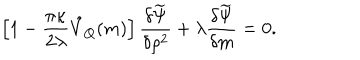
\left[ 1 - \frac { \pi \kappa } { 2 \lambda } \hat { V } _ { Q } ( m ) \right] \frac { \delta \widetilde \Psi } { \delta \rho ^ { 2 } } + \lambda \frac { \delta \widetilde \Psi } { \delta m } = 0 .